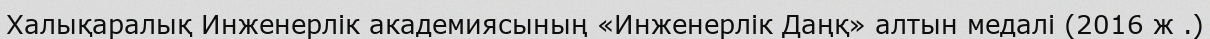
Халықаралық Инженерлік академиясының «Инженерлік Даңқ» алтын медалі (2016 ж .)